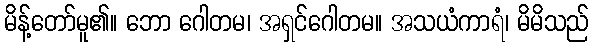
မိန့်တော်မူ၏။ ဘော ဂေါတမ၊ အရှင်ဂေါတမ။ အသယံကာရံ၊ မိမိသည်